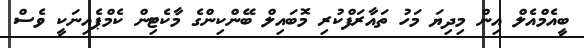
ބީއެމްއެލް އިން މިދިޔަ މަހު ތައާރަފްކުރި މޮބައިލް ބޭންކިންގެ މާކެޓިން ކެމްޕެއިނަކީ ވެސް